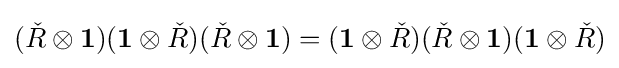
({\check {R}}\otimes \mathbf {1} )(\mathbf {1} \otimes {\check {R}})({\check {R}}\otimes \mathbf {1} )=(\mathbf {1} \otimes {\check {R}})({\check {R}}\otimes \mathbf {1} )(\mathbf {1} \otimes {\check {R}})